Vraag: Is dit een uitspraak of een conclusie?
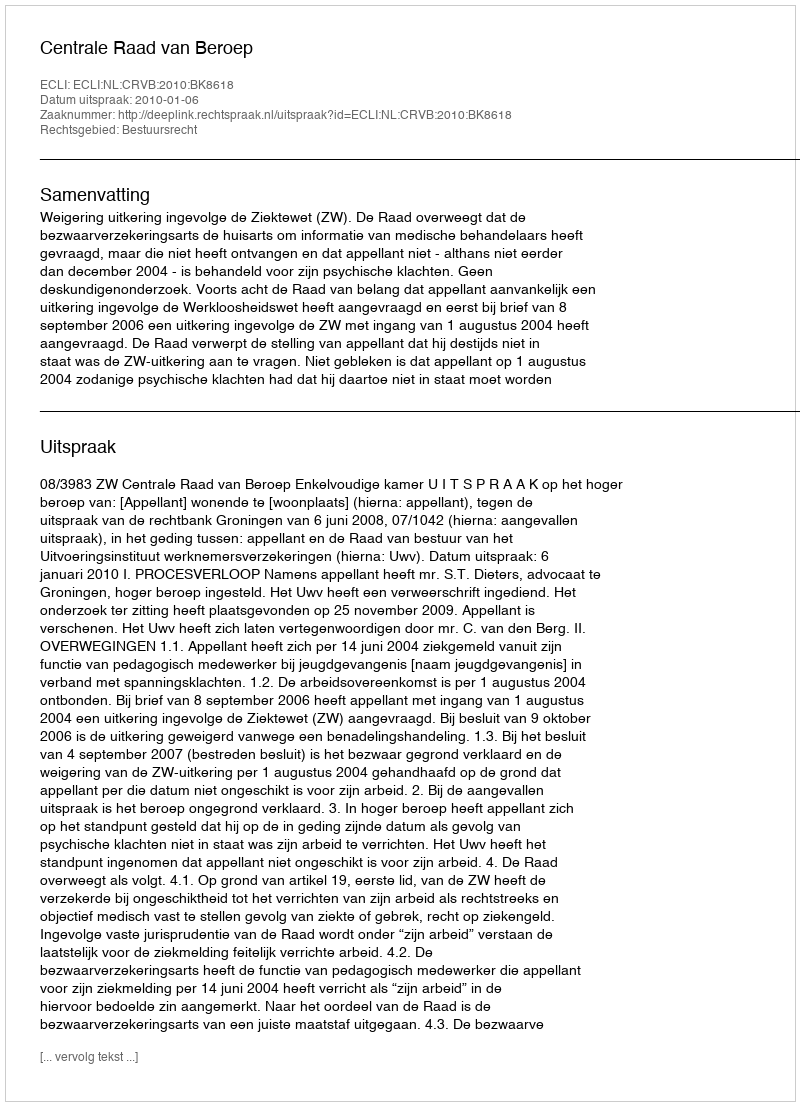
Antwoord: Uitspraak